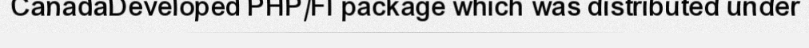
CanadaDeveloped PHP/FI package which was distributed under